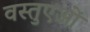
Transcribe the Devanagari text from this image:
वस्तुएओं